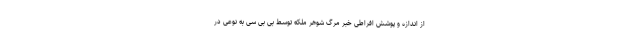
از اندازه و پوشش افراطی خبر مرگ شوهر ملکه توسط بی بی سی به نوعی در